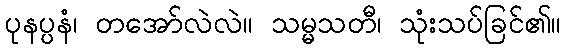
ပုနပ္ပနံ၊ တအော်လဲလဲ။ သမ္မသတီ၊ သုံးသပ်ခြင်၏။